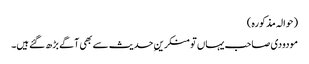
(حوالہ مذکورہ )
مودودی صاحب یہاں تو منکرینِ حدیث سے بھی آگے بڑھ گئے ہیں۔